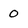
Character: 0